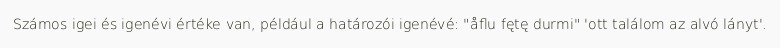
Számos igei és igenévi értéke van, például a határozói igenévé: "åflu fętę durmi" 'ott találom az alvó lányt'.